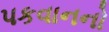
પકવાનનો